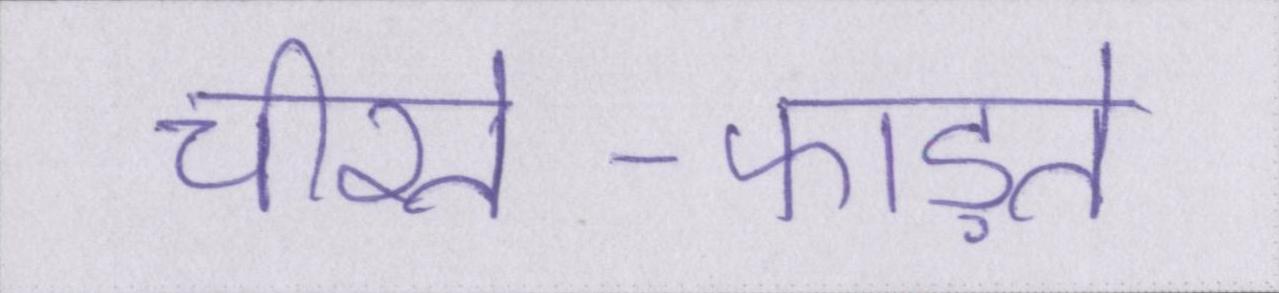
चीरते-फाड़ते